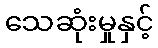
သေဆုံးမှုနှင့်